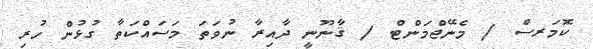
ކޮމަރސް / މެނޭޖްމަންޓް / ޤާނޫނީ ދާއިރާ ނުވަތަ މަސައްކަތާ ގުޅުން ހުރި